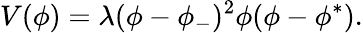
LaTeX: V(\phi)=\lambda(\phi-\phi_{-})^{2}\phi(\phi-\phi^{*}).